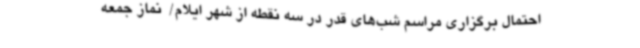
احتمال برگزاری مراسم شب‌های قدر در سه نقطه از شهر ایلام/  نماز جمعه